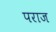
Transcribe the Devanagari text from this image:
पराज